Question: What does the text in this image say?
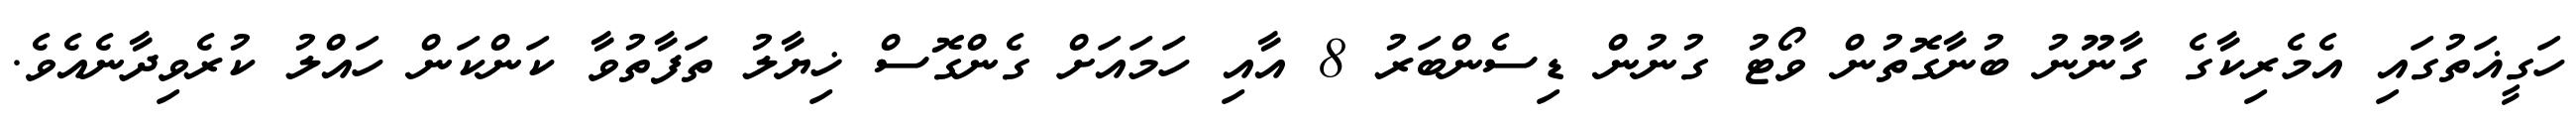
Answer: ހަގީޣަތުގައި އެމެރިކާގެ ގާނޫނު ބުނާގޮތުން ވޯޓު ގުނުން ޑިސެންބަރު 8 އާއި ހަމައަށް ގެންގޮސް ޚިޔާލު ތަފާތުވާ ކަންކަން ހައްލު ކުރެވިދާނެއެވެ.